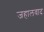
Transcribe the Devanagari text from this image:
जहालवाद